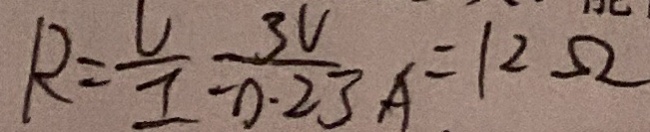
R = \frac { U } { I } = \frac { 3 V } { - 0 . 2 3 A } = 1 2 \Omega